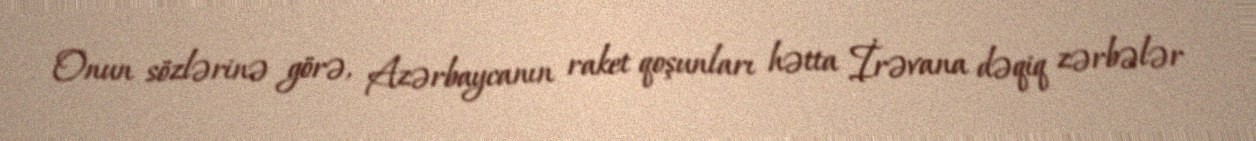
Onun sözlərinə görə, Azərbaycanın raket qoşunları hətta İrəvana dəqiq zərbələr